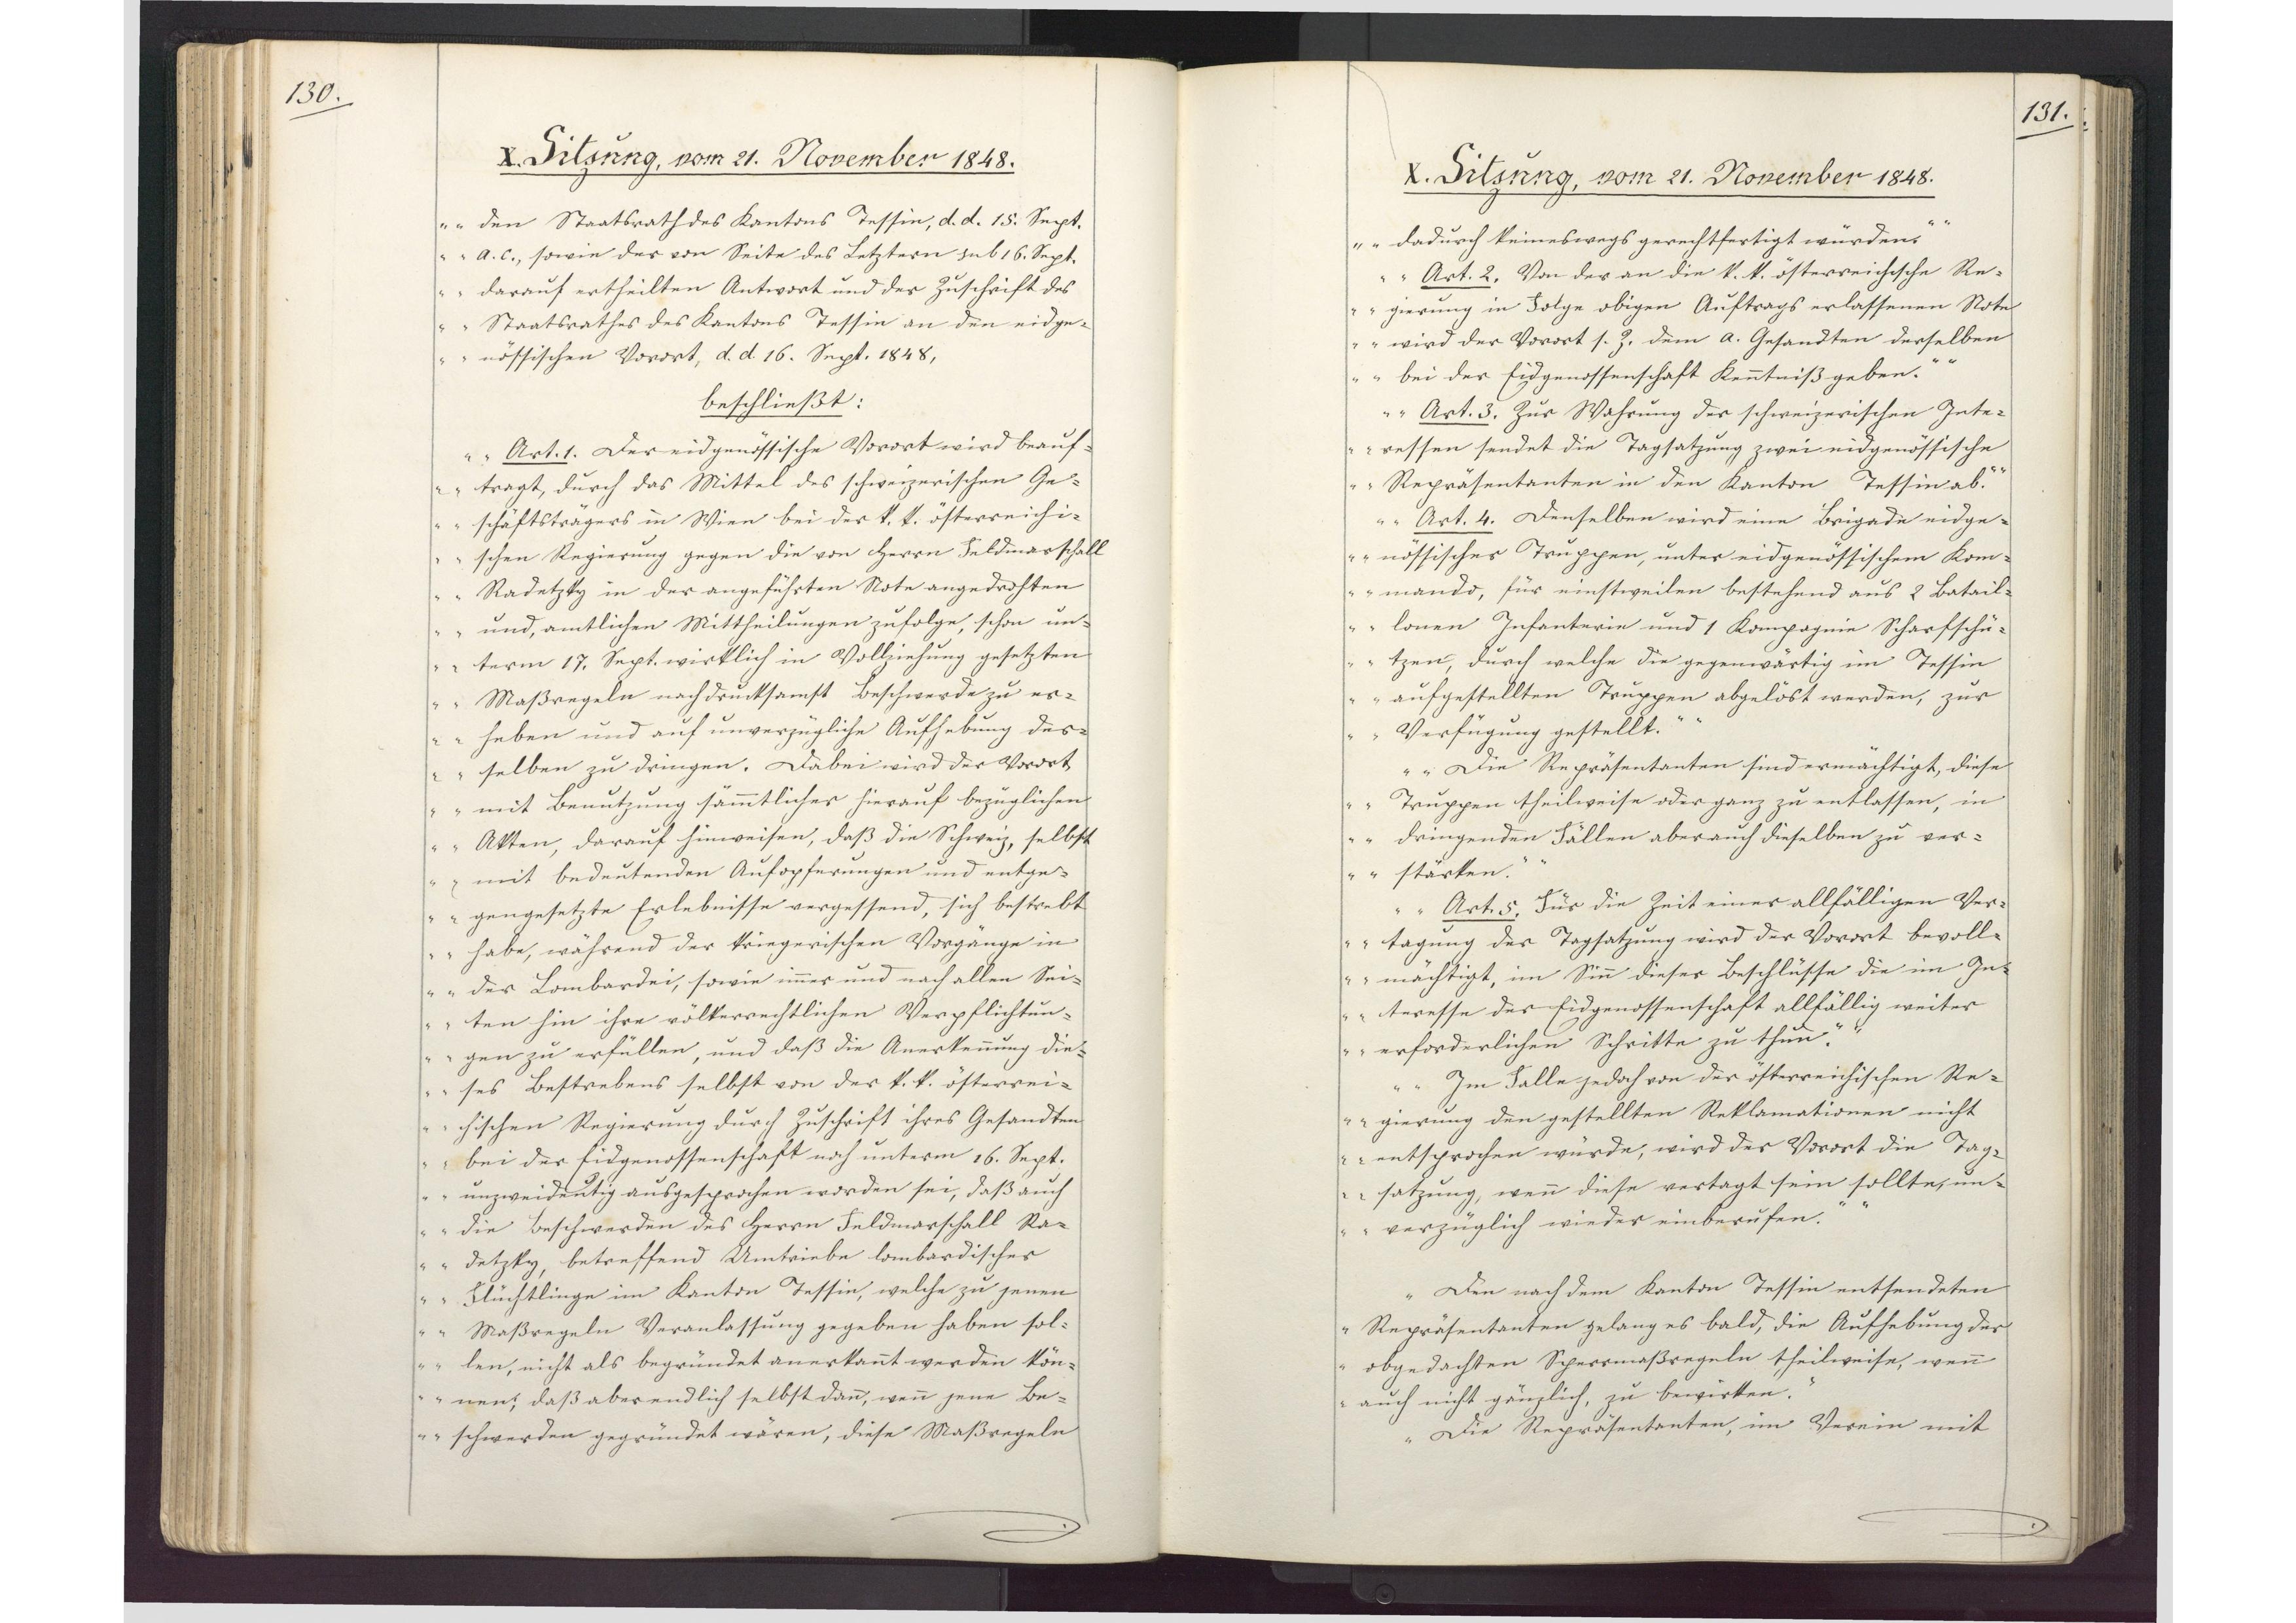
130.

X. Sitzung, vom 21. November 1848.

den Staatsrath des Kantons Tessin, d. d. 15. Sept.
a.c., sowie der von Seite des Letztern sub 16. Sept.
darauf ertheilten Antwort und der Zuschrift des
Staatsrathes des Kantons Tessin an den eidge¬
nössischen Vorort, d. d. 16. Sept. 1848,
beschließt:
Art. 1. Der eidgenössische Vorort wird beauf¬
tragt, durch das Mittel des schweizerischen Ge¬
schäftsträgers in Wien bei der k.k. österreichi¬
schen Regierung gegen die von Herrn Feldmarschall
Radetzky in der angeführten Note angedrohten
und, amtlichen Mittheilungen zufolge, schon un¬
term 17. Sept. wirklich in Vollziehung gesetzten
Maßregeln nach drucksamst Beschwerde zu er¬
heben und auf unverzügliche Aufhebung des¬
selben zu dringen. Dabei wird der Vorort
mit Benutzung sämmtlicher hierauf bezüglichen
Akten, darauf hinweisen, daß die Schweiz, selbst
mit bedeutenden Aufopferungen und entge¬
gengesetzte Erlebnisse vergessend, sich bestrebt
habe, während der kriegerischen Vorgänge in
der Lombardei, sowie inner und nach allen Sei¬
ten hin ihre völkerrechtlichen Verpflichtun¬
gen zu erfüllen, und daß die Anerkennung die¬
ses Bestrebens selbst von der k.k. österrei¬
chischen Regierung durch Zuschrift ihres Gesandten
bei der Eidgenossenschaft noch unterm 16. Sept.
unzweideutig ausgesprochen worden sei, daß auch
die Beschwerden des Herrn Feldmarschall Ra¬
detzky, betreffend Umtriebe lombardischer
Flüchtlinge im Kanton Tessin, welche zu jenen
Maßregeln Veranlassung gegeben haben sol¬
len, nicht als begründet anerkannt werden kön¬
nen; daß aber endlich selbst dann, wenn jene Be¬
schwerden gegründet wären, diese Maßregeln

131.

X. Sitzung, vom 21. November 1848.

dadurch keineswegs gerechtfertigt wurden.
Art. 2. Von der an die k. k. österreichische Re¬
gierung in Folge obigen Auftrags erlassenen Note
wird der Vorort s. Z. dem a. Gesandten derselben
bei der Eidgenossenschaft Kenntniß geben.
Art. 3. Zur Wahrung der schweizerischen Inte¬
ressen sendet die Tagsatzung zwei eidgenössische
Repräsentanten in den Kanton Tessin ab.
Art. 4. Denselben wird eine Brigade eidge¬
nössischer Truppen, unter eidgenössischem Kom¬
mando, für einstweilen bestehend aus 2 Batail¬
lonen Infanterie und 1 Kompagnie Scharfschü¬
tzen, durch welche die gegenwärtig im Tessin
aufgestellten Truppen abgelöst werden, zur
Verfügung gestellt.
Die Repräsentanten sind ermächtigt, diese
Truppen theilweise oder ganz zu entlassen, in
dringenden Fällen aber auch dieselben zu ver¬
stärken.
Art. 5. Für die Zeit einer allfälligen Ver¬
tagung der Tagsatzung wird der Vorort bevoll¬
mächtigt, im Sinn dieser Beschlüsse die im In¬
teresse der Eidgenossenschaft allfällig weiter
erforderlichen Schritte zu thun.
Im Falle jedoch von der österreichischen Re¬
gierung den gestellten Reklamationen nicht
entsprochen wurde, wird der Vorort die Tag¬
satzung, wenn diese vertagt sein sollte, un¬
verzüglich wieder einberufen."
Den nach dem Kanton Tessin entsendeten
Repräsentanten gelang es bald, die Aufhebung der
obgedachten Sperrmaßregeln theilweise, wenn
auch nicht gänzlich, zu bewirken
Die Repräsentanten, im Verein mit